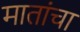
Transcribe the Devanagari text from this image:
मातांचा